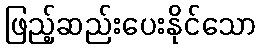
ဖြည့်ဆည်းပေးနိုင်သော